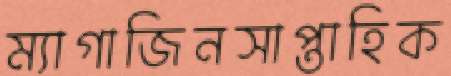
ম্যাগাজিনসাপ্তাহিক